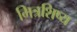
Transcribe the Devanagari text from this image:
मित्रशिष्य